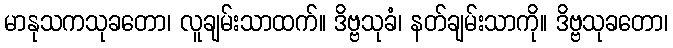
မာနုသကသုခတော၊ လူချမ်းသာထက်။ ဒိဗ္ဗသုခံ၊ နတ်ချမ်းသာကို။ ဒိဗ္ဗသုခတော၊